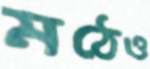
মঠেও